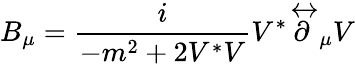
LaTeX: B_{\mu}=\frac{i}{-m^{2}+2V^{*}V}V^{*}\stackrel\leftrightarrow\partial_{\mu}V